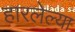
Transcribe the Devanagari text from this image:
हारलेल्या